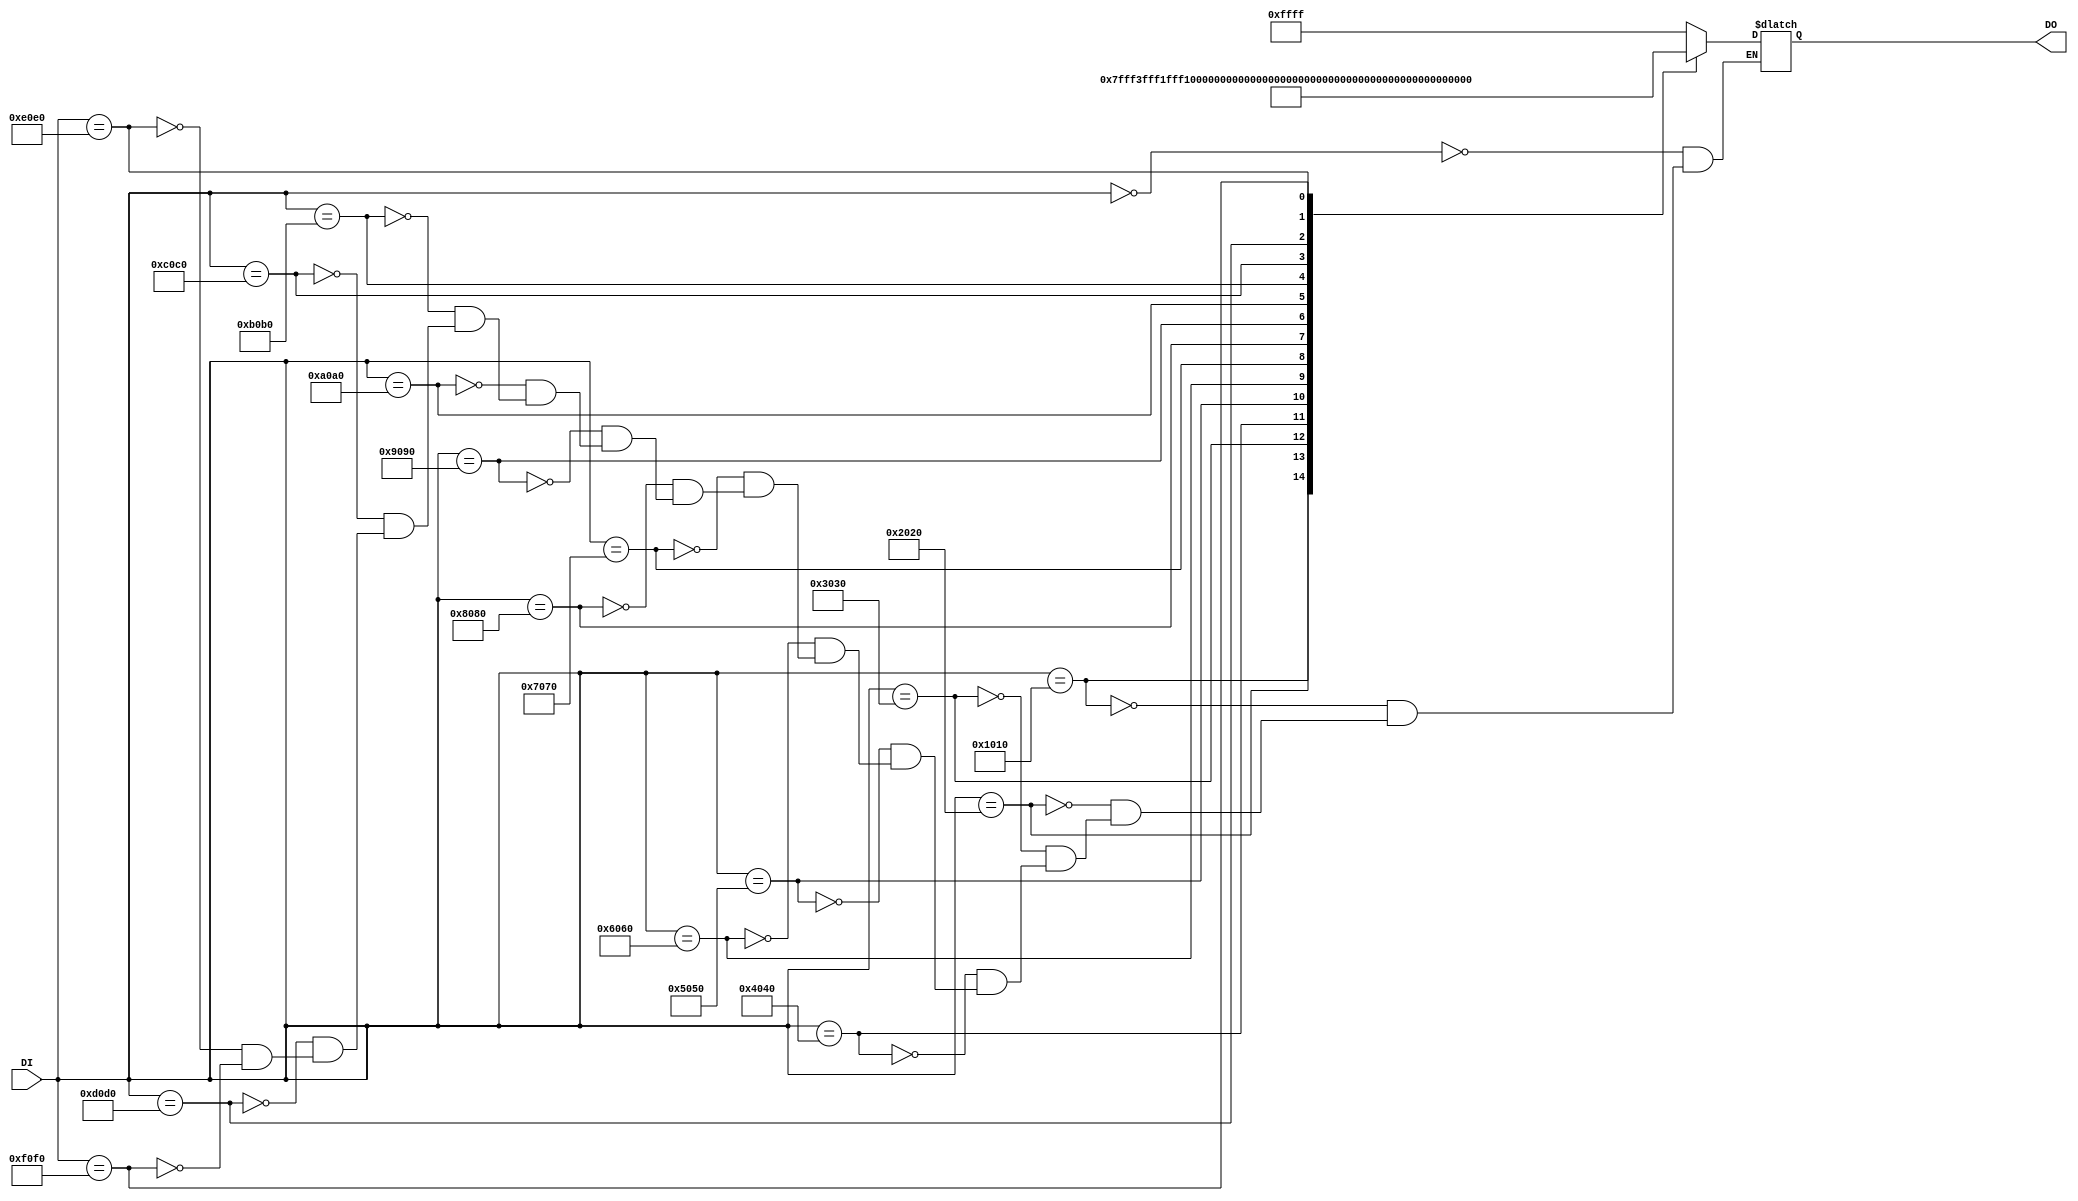
module Vol_Decoder
(
    DI,
    DO
);

    input [15:0]DI;
    output reg [15:0]DO;

    always@(*)begin
        case (DI)
            16'h0000:begin
                DO=16'b1111111111111111;
            end
            16'h1010:begin
                DO=16'b0111111111111111;
            end
            16'h2020:begin
                DO=16'b0011111111111111;
            end
            16'h3030:begin
                DO=16'b0001111111111111;
            end
            16'h4040:begin
                DO=16'b0000111111111111;
            end
            16'h5050:begin
                DO=16'b0000011111111111;
            end
            16'h6060:begin
                DO=16'b0000001111111111;
            end
            16'h7070:begin
                DO=16'b0000000111111111;
            end
            16'h8080:begin
                DO=16'b0000000011111111;
            end
            16'h9090:begin
                DO=16'b0000000001111111;
            end
            16'hA0A0:begin
                DO=16'b0000000000111111;
            end
            16'hB0B0:begin
                DO=16'b0000000000011111;
            end
            16'hC0C0:begin
                DO=16'b0000000000001111;
            end
            16'hD0D0:begin
                DO=16'b0000000000000111;
            end
            16'hE0E0:begin
                DO=16'b0000000000000011;
            end
            16'hF0F0:begin
                DO=16'b0000000000000001;
            end 
            default: begin
                ;
            end
        endcase
    end
endmodule